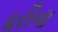
ધરીના